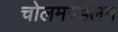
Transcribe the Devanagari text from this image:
चोलमण्डलम